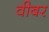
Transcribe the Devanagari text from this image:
वीबर